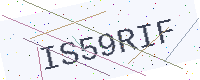
Text: IS59RIF